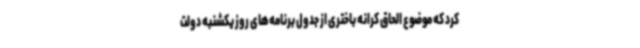
کرد که موضوع الحاق کرانه باختری از جدول برنامه‌های روز یکشنبه دولت